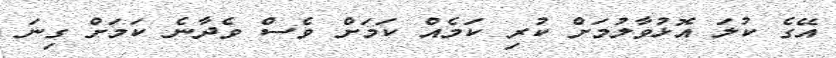
އޭގެ ކުލަ އޮޅުވާލުމަށް ކުރި ކަމެއް ކަމަށް ވެސް ވެދާނެ ކަމަށް ގިނަ